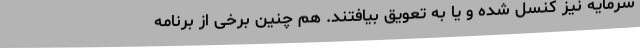
سرمایه نیز کنسل شده و یا به تعویق بیافتند. هم چنین برخی از برنامه